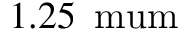
1 . 2 5 \, \mathrm { \ m u m }